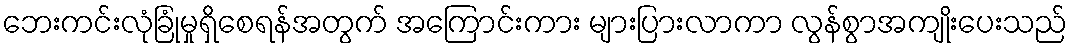
ဘေးကင်းလုံခြုံမှုရှိစေရန်အတွက် အကြောင်းကား များပြားလာကာ လွန်စွာအကျိုးပေးသည်